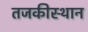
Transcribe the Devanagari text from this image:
तजकीस्थान